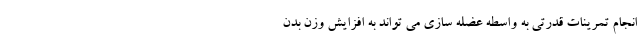
انجام تمرینات قدرتی به واسطه عضله سازی می تواند به افزایش وزن بدن